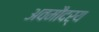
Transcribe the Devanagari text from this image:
अवमौदर्य